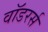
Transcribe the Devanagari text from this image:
वॉडरर्स